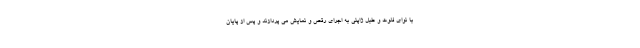
با نوای فلوت و طبل ژاپنی به اجرای رقص و نمایش می پردازند و پس از پایان